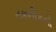
તકનીકનો